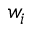
w _ { i }